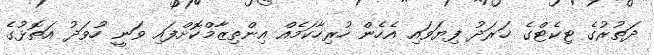
ދަތުރުގެ ޓިކެޓްގެ ޚަރަދު ފިޔަވައި އެހެން ހުރިހާކަމެއް އިންތިޒާމްކޮށްފައި ވަނީ ހުވަދު އަތޮޅުގެ